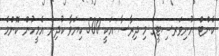
ކެންޓް ޔުނިވަރސިޓީގެ މި ދިރާސާ އަކީ 500 ކިޔަވާ ކުދިން އެމީހުން ކޮންމެ